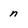
Character: n